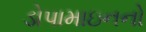
ડોપામાઇનનો